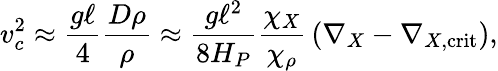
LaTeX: v_{c}^{2}\approx{\frac{g\ell}{4}}{\frac{D\rho}{\rho}}\approx{\frac{g\ell^{2}}{8H_{P}}}{\frac{\chi_{X}}{\chi_{\rho}}}\left(\nabla_{X}-\nabla_{X,\mathrm{crit}}\right),